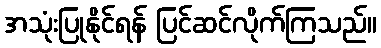
အသုံးပြုနိုင်ရန် ပြင်ဆင်လိုက်ကြသည်။